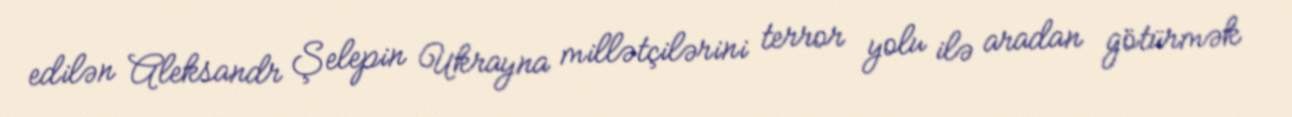
edilən Aleksandr Şelepin Ukrayna millətçilərini terror yolu ilə aradan götürmək